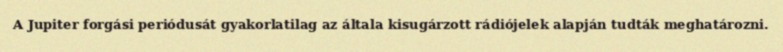
A Jupiter forgási periódusát gyakorlatilag az általa kisugárzott rádiójelek alapján tudták meghatározni.